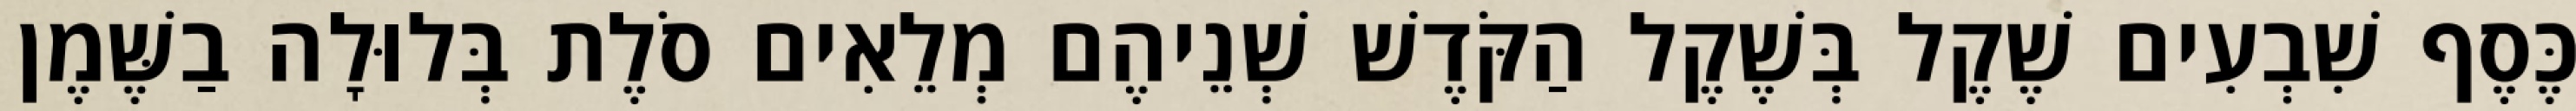
כֶּסֶף שִׁבְעִים שֶׁקֶל בְּשֶׁקֶל הַקֹּדֶשׁ שְׁנֵיהֶם מְלֵאִים סֹלֶת בְּלוּלָה בַשֶּׁמֶן